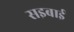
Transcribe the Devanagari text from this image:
सइबाई